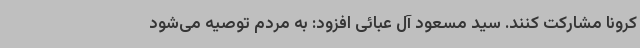
کرونا مشارکت کنند. سید مسعود آل عبائی افزود: به مردم توصیه می‌شود